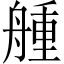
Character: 𦩰